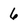
Character: 6